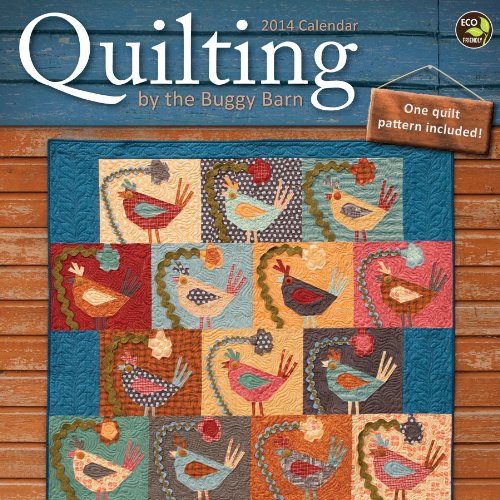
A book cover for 2014 Quilting by the Buggy Barn Wall Calendar; TF Publishing; Calendars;